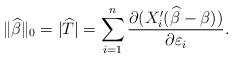
LaTeX: \begin{align*}\Vert \widehat{\beta }\Vert _{0} = |\widehat T| =\sum_{i=1}^{n} \frac{\partial (X_{i}^{\prime }(\widehat{\beta }-\beta ))}{\partial \varepsilon _{i}}. \end{align*}